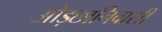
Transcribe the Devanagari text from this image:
ओड़छानिवासी